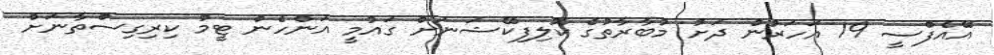
އޭއެފްސީ 19 އަހަރުން ދަށު މުބާރާތުގެ ކޮލިފިކޭޝަނަށް ގައުމީ އަންހެން ޓީމު ކިރިގިސްތާނަށް